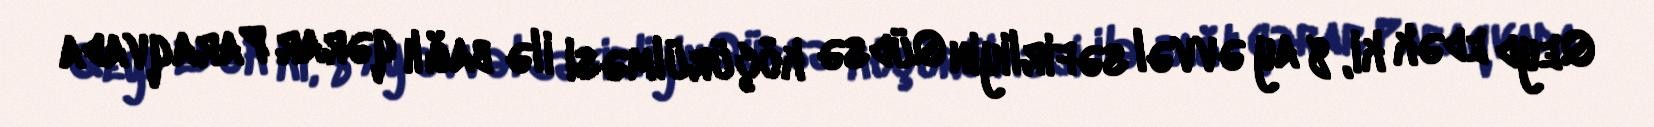
Qeyd edək ki, 8 ay əvvəl səfirliyin Qüdsə köçürülməsi ilə bağlı qərar Paraqvada